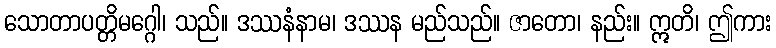
သောတာပတ္တိမဂ္ဂေါ၊ သည်။ ဒဿနံနာမ၊ ဒဿန မည်သည်။ ဇာတော၊ နည်း။ ဣတိ၊ ဤကား